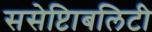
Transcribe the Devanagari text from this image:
ससेप्टिाबलिटी